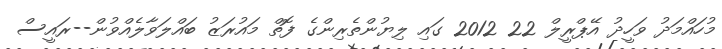
މުހައްމަދު ވަހީދު އޭޕްރީލް 22 2012 ގައި ލިޔުންތެރިންގެ ފޮތް މައުރަޒު ބައްލަވާލެއްވުން--ރައީސް